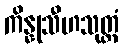
ကိန္နုသီဟသုတ္တံ